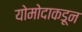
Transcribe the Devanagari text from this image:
योमोदाकडून